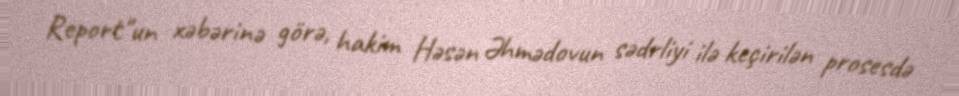
Report"un xəbərinə görə, hakim Həsən Əhmədovun sədrliyi ilə keçirilən prosesdə